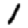
Digit: 1